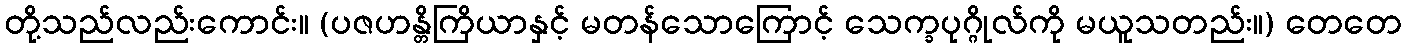
တို့သည်လည်းကောင်း။ (ပဇဟန္တိကြိယာနှင့် မတန်သောကြောင့် သေက္ခပုဂ္ဂိုလ်ကို မယူသတည်း။) တေတေ